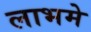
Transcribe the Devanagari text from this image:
लाभमे